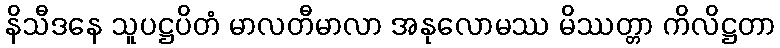
နိသီဒနေ သူပဋ္ဌပိတံ မာလတီမာလာ အနုလောမဿ မိဿတ္တာ ကိလိဋ္ဌတာ